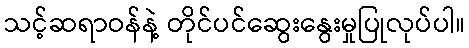
သင့်ဆရာဝန်နဲ့ တိုင်ပင်ဆွေးနွေးမှုပြုလုပ်ပါ။